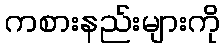
ကစားနည်းများကို